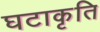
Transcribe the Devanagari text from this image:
घटाकृति